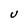
Character: U